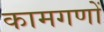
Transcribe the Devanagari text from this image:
कामगणों